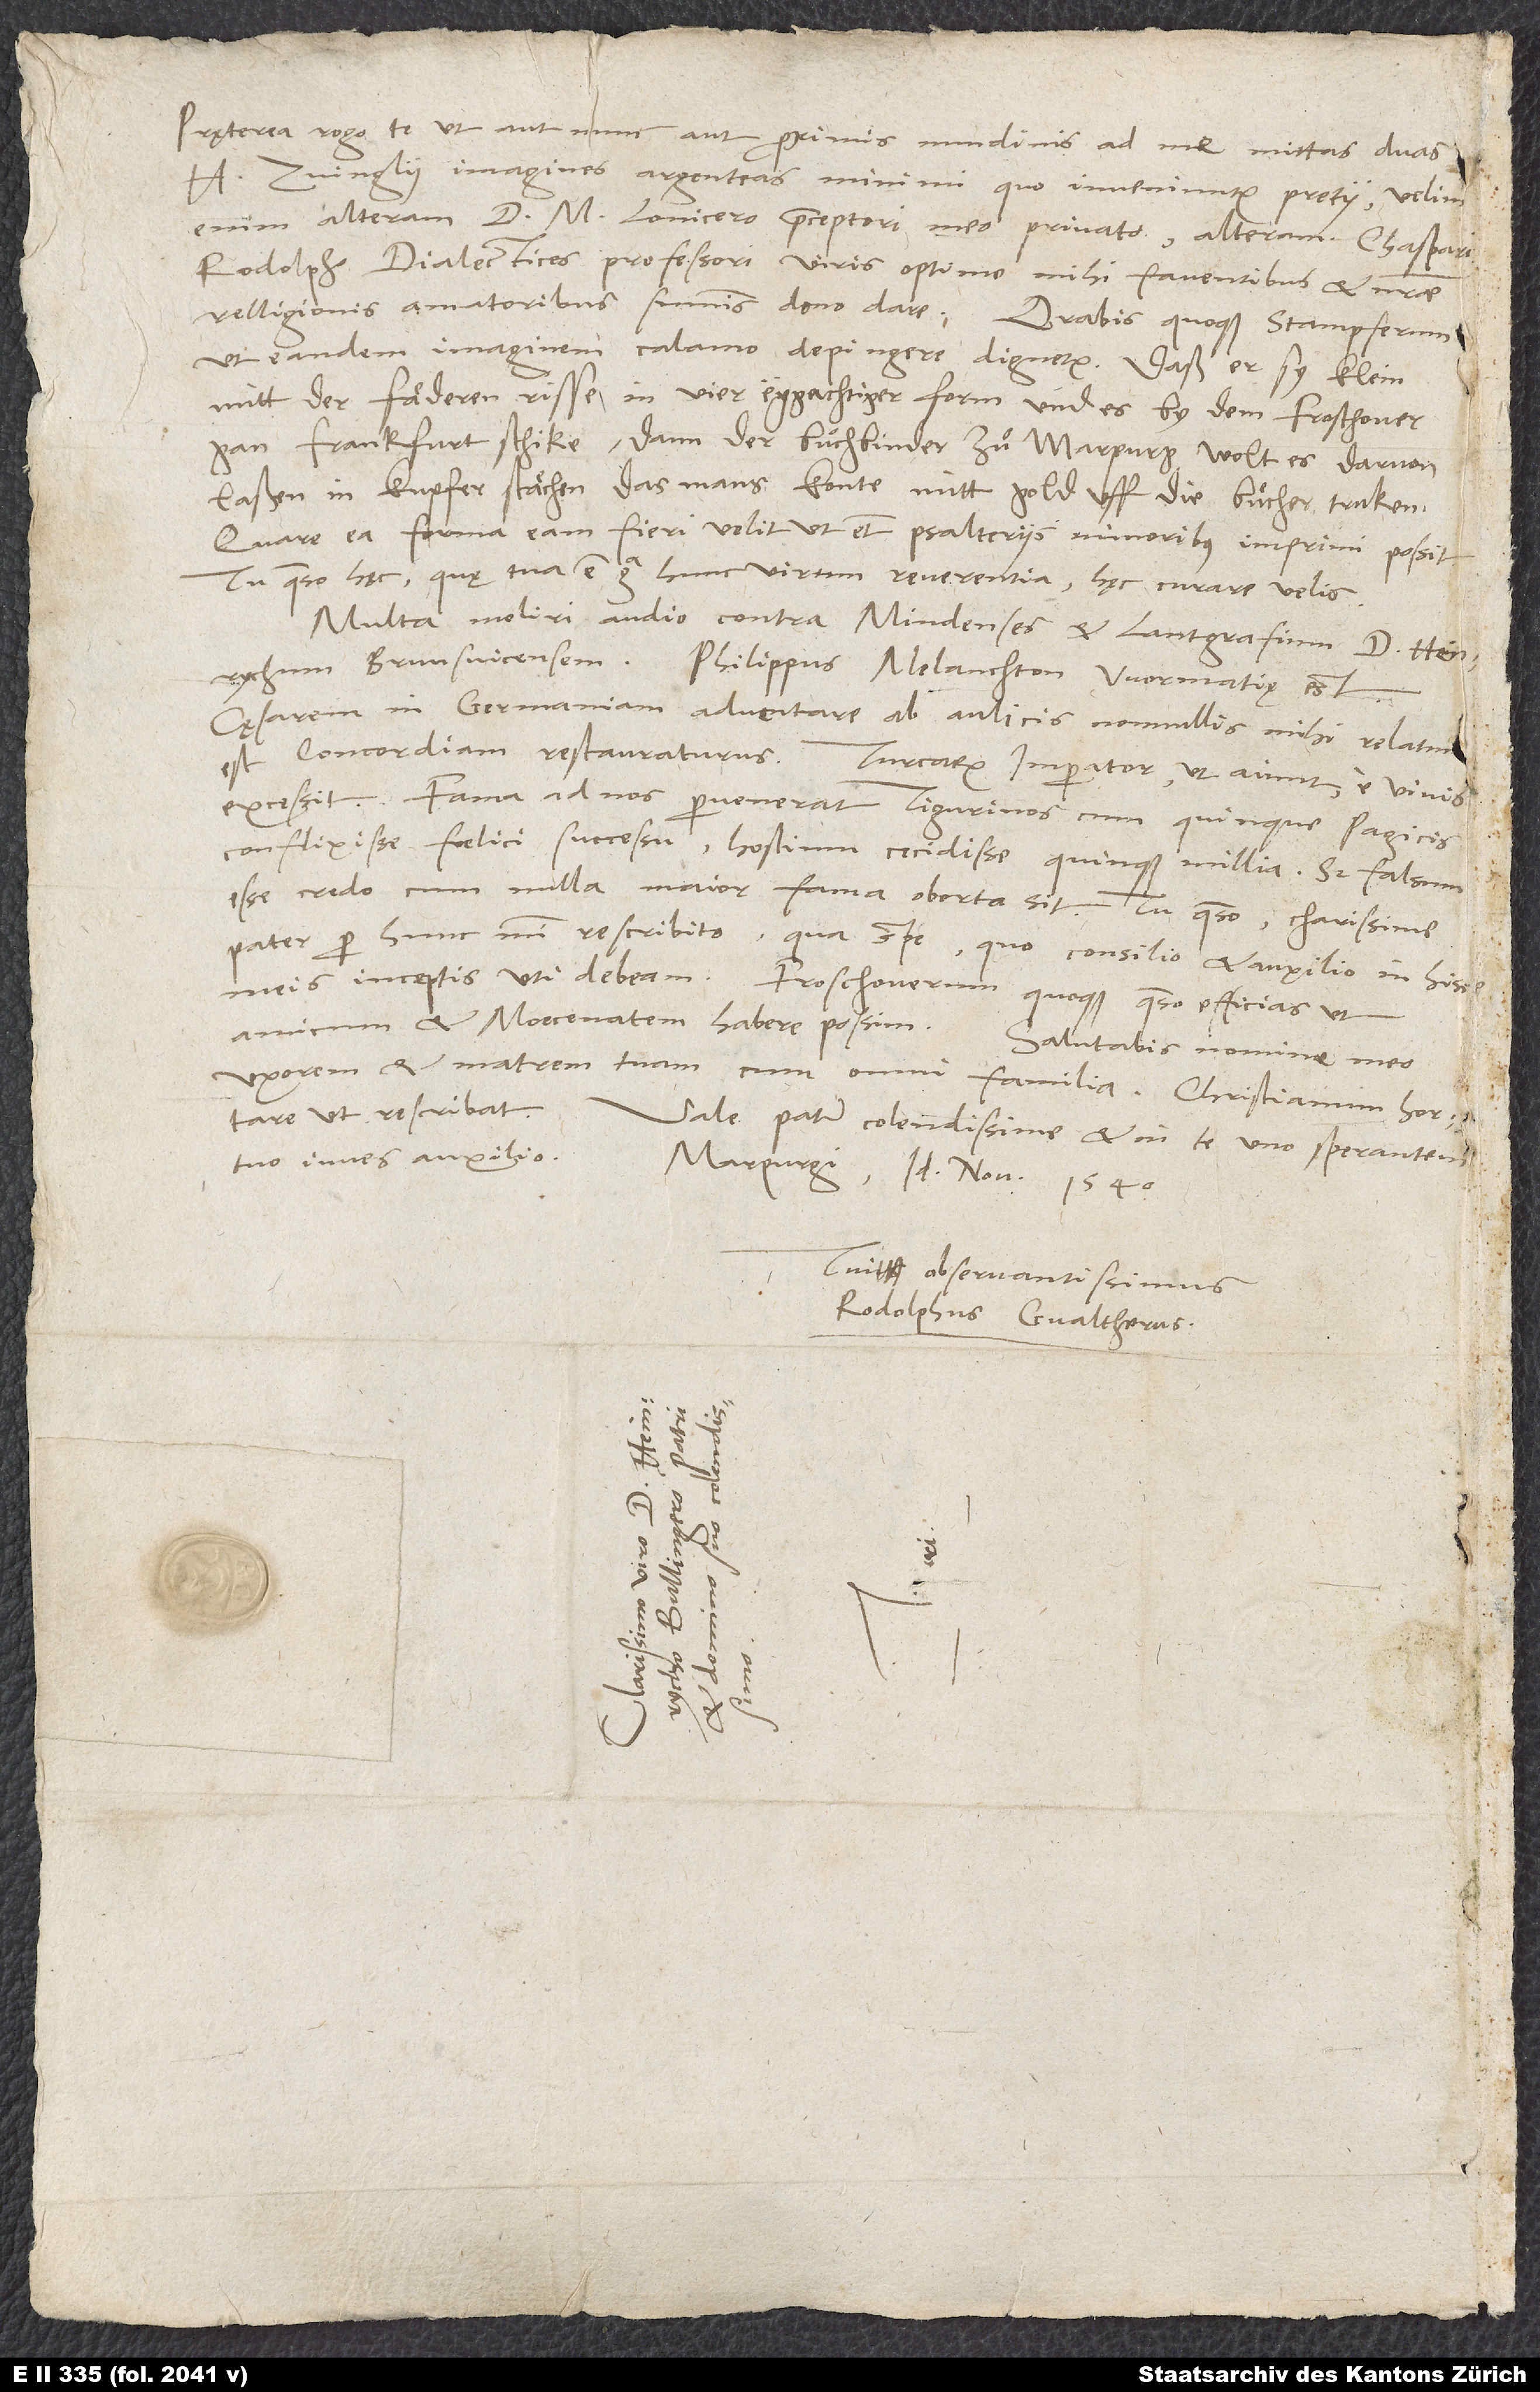
Pręterea rogo te, ut aut nunc aut proximis nundinis ad me mittas duas
H. Zvinglii imagines argenteas minimi, quo inveniuntur, pretii; velim
enim alteram d. M. Lonicero, praeceptori meo privato, alteram Chaspari
Rodolph, dialectices professori, viris optime mihi faventibus et nostrae
relligionis amatoribus summis, dono dare. Orabis quoque Stampferum,
ut eandem imaginem calamo depingere dignetur. Dass er sy klein
mitt der fäderen risse in viereggachtiger form und es by dem Froschouer
gan Frankfurt schicke, dann der buͦchbinder zuͦ Marpurg wolt es darvon
lassen in kupfer stächen, das mans konte mit gold uff die buͤcher truken.
Quare ea forma eam fieri velit, ut etiam psalteriis minoribus imprimi possit.
Tu, quaeso, hęc, quę tua est erga hunc virum reverentia, hęc curare velis.
Multa moliri audio contra Mindenses et Lantgrafium d. Heinrychum
Brunsvicensem. Philippus Melanchton Wormatię est.
Cęsarem in Germaniam adventare ab aulicis nonnullis mihi relatum
est concordiam restauraturus. Turcarum imperator, ut aiunt, e vivis
excessit. Fama ad nos pervenerat Tigurinos cum Quinque Pagicis
conflixisse foelici successu, hostium cecidisse quinque millia. Sed falsum
pater, per hunc mihi rescribito, qua spe, quo consilio et auxilio in his
meis inceptis uti debeam. Froschouerum quoque, quaeso, efficias, ut
uxorem et matrem tuam cum omni familia. Christianum hortare,
ut rescribat.
Vale, pater colendissime, et in te uno sperantem
tuo iuves auxilio.
Marpurgi, idibus novembris 1540.
Tui observantissimus
Rodolphus Gvaltherus.